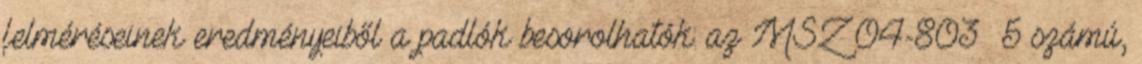
felméréseinek eredményeiből a padlók besorolhatók: az MSZ 04-803 5 számú,